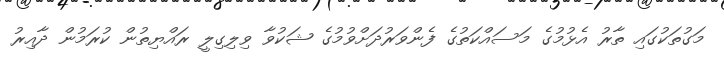
މަގުތަކުގައި ތާރު އެޅުމުގެ މަސައްކަތުގެ ފެންވަރުދަށްވުމުގެ ޝަކުވާ ވިލިގިލީ ރައްޔިތުން ކުރަމުން ދާއިރު